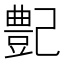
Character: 𪩰